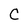
Character: C